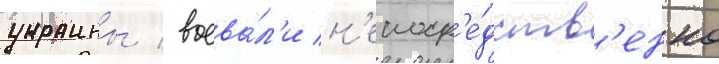
украины / воева́л'и н'епоср'е́дств'енно